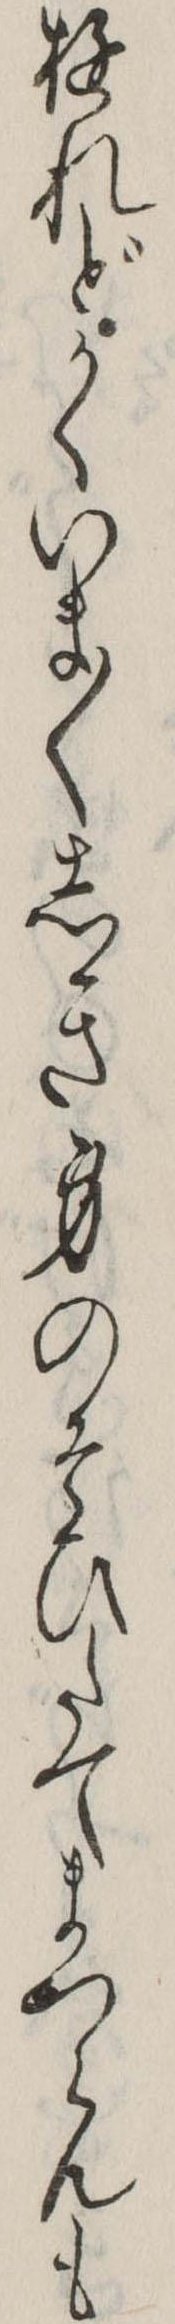
ゆれどかくいま〱しき身のそひたてまつらんも